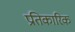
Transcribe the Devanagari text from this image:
प्रतिकारिक